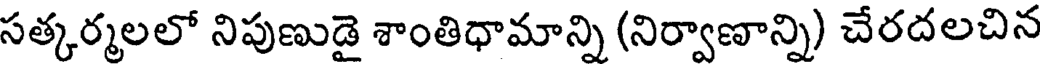
సత్కర్మలలో నిపుణుడై శాంతిధామాన్ని (నిర్వాణాన్ని) చేరదలచిన